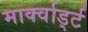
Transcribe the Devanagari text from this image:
मार्क्वार्ड्ट